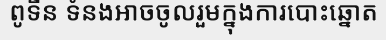
ពូទីន ទំនងអាចចូលរួមក្នុងការបោះឆ្នោត